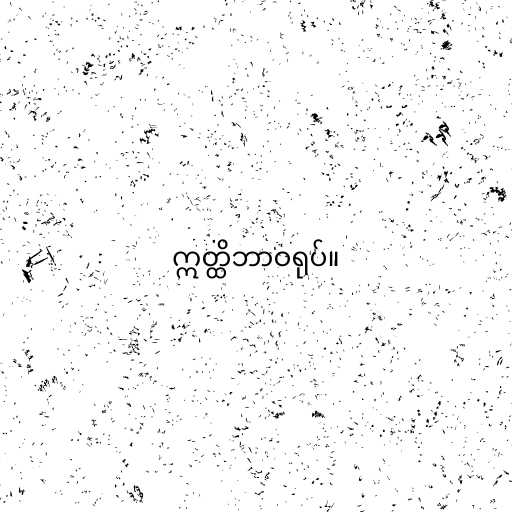
ဣတ္ထိဘာဝရုပ်။